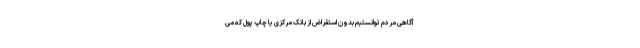
آگاهی مردم توانستیم بدون استقراض از بانک مرکزی یا چاپ پول که می‌‌